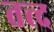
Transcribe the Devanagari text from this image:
तत्त्द